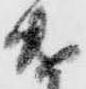
遣